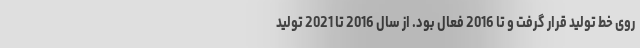
روی خط تولید قرار گرفت و تا 2016 فعال بود. از سال 2016 تا 2021 تولید